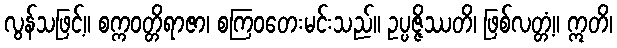
လွန်သဖြင့်။ စက္ကဝတ္တိရာဇာ၊ စကြဝတေးမင်းသည်။ ဥပ္ပဇ္ဇိဿတိ၊ ဖြစ်လတ္တံ့။ ဣတိ၊